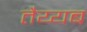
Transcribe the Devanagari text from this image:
तैय्यब